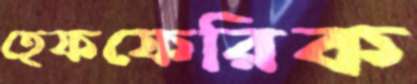
হেফফেরিক